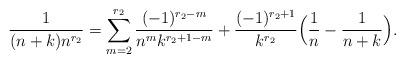
LaTeX: \begin{align*}\frac1{(n+k)n^{r_2}}=\sum_{m=2}^{r_2}\frac{(-1)^{r_2-m}}{n^m k^{r_2+1-m}} + \frac{(-1)^{r_2+1}}{k^{r_2}}\Big(\frac{1}{n}-\frac{1}{n+k}\Big).\end{align*}